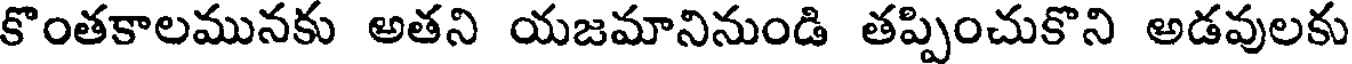
కొంతకాలమునకు అతని యజమానినుండి తప్పించుకొని అడవులకు